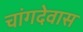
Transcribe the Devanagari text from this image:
चांगदेवास